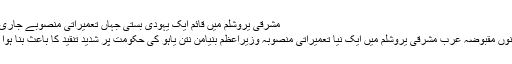
مشرقی یروشلم میں قائم ایک یہودی بستی جہاں تعمیراتی منصوبے جاری ہیں
ان دنوں مقبوضہ عرب مشرقی یروشلم میں ایک نیا تعمیراتی منصوبہ وزیراعظم بنیامن نتن یاہو کی حکومت پر شدید تنقید کا باعث بنا ہوا ہے۔